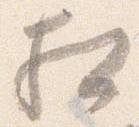
相